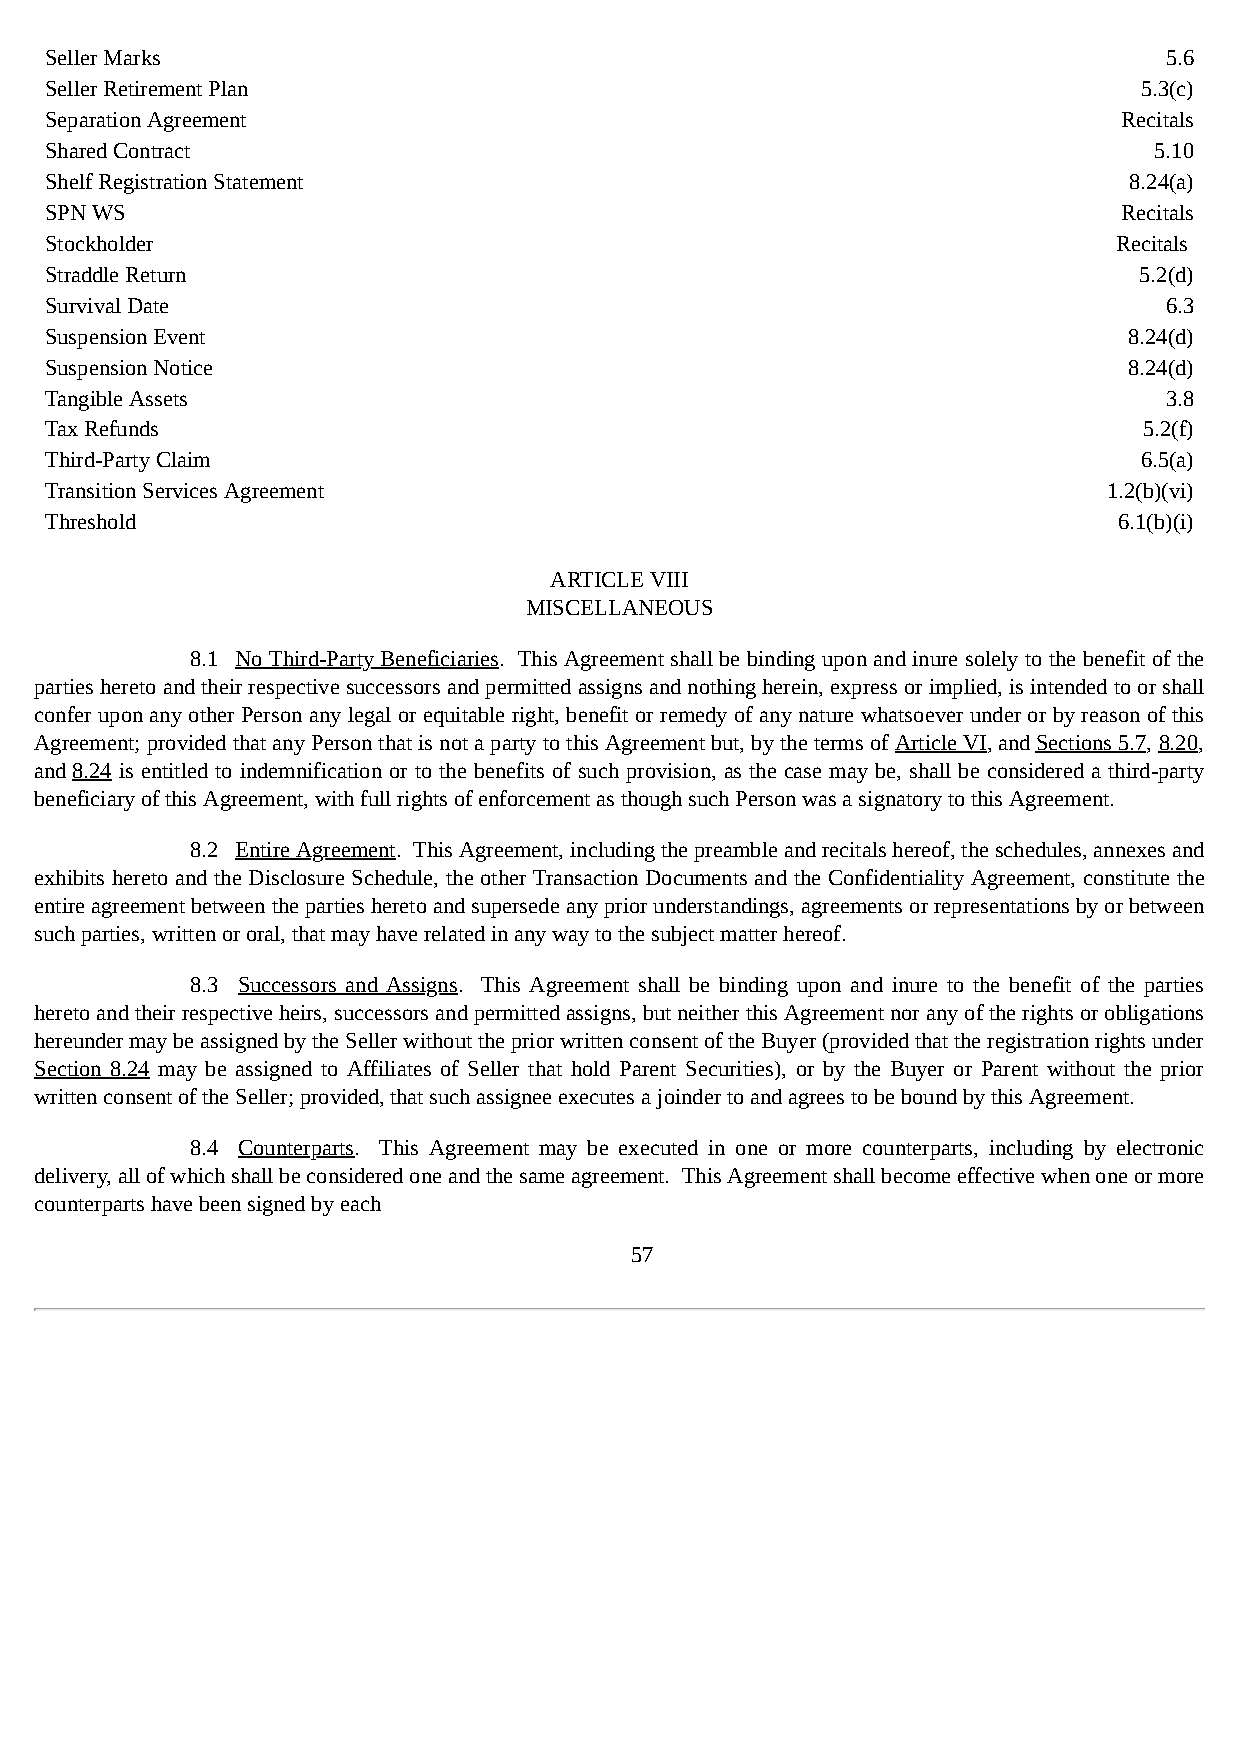
Seller Marks                                                              5.6
 Seller Retirement Plan                                                  5.3(c)
 Separation Agreement                                                   Recitals
 Shared Contract                                                          5.10
 Shelf Registration Statement                                            8.24(a)
 SPN WS                                                                 Recitals
 Stockholder                                                            Recitals
 Straddle Return                                                         5.2(d)
 Survival Date                                                             6.3
 Suspension Event                                                        8.24(d)
 Suspension Notice                                                       8.24(d)
 Tangible Assets                                                           3.8
 Tax Refunds                                                              5.2(f)
 Third-Party Claim                                                       6.5(a)
 Transition Services Agreement                                         1.2(b)(vi)
 Threshold                                                              6.1(b)(i)
 ARTICLE VIII
 MISCELLANEOUS
 8.1 No Third-Party Beneficiaries. This Agreement shall be binding upon and inure solely to the benefit of the
 parties hereto and their respective successors and permitted assigns and nothing herein, express or implied, is intended to or shall
 confer upon any other Person any legal or equitable right, benefit or remedy of any nature whatsoever under or by reason of this
 Agreement; provided that any Person that is not a party to this Agreement but, by the terms of Article VI, and Sections 5.7, 8.20,
 and 8.24 is entitled to indemnification or to the benefits of such provision, as the case may be, shall be considered a third-party
 beneficiary of this Agreement, with full rights of enforcement as though such Person was a signatory to this Agreement.
 8.2 Entire Agreement. This Agreement, including the preamble and recitals hereof, the schedules, annexes and
 exhibits hereto and the Disclosure Schedule, the other Transaction Documents and the Confidentiality Agreement, constitute the
 entire agreement between the parties hereto and supersede any prior understandings, agreements or representations by or between
 such parties, written or oral, that may have related in any way to the subject matter hereof.
 8.3 Successors and Assigns. This Agreement shall be binding upon and inure to the benefit of the parties
 hereto and their respective heirs, successors and permitted assigns, but neither this Agreement nor any of the rights or obligations
 hereunder may be assigned by the Seller without the prior written consent of the Buyer (provided that the registration rights under
 Section 8.24 may be assigned to Affiliates of Seller that hold Parent Securities), or by the Buyer or Parent without the prior
 written consent of the Seller; provided, that such assignee executes a joinder to and agrees to be bound by this Agreement.
 8.4 Counterparts. This Agreement may be executed in one or more counterparts, including by electronic
 delivery, all of which shall be considered one and the same agreement. This Agreement shall become effective when one or more
 counterparts have been signed by each
 57